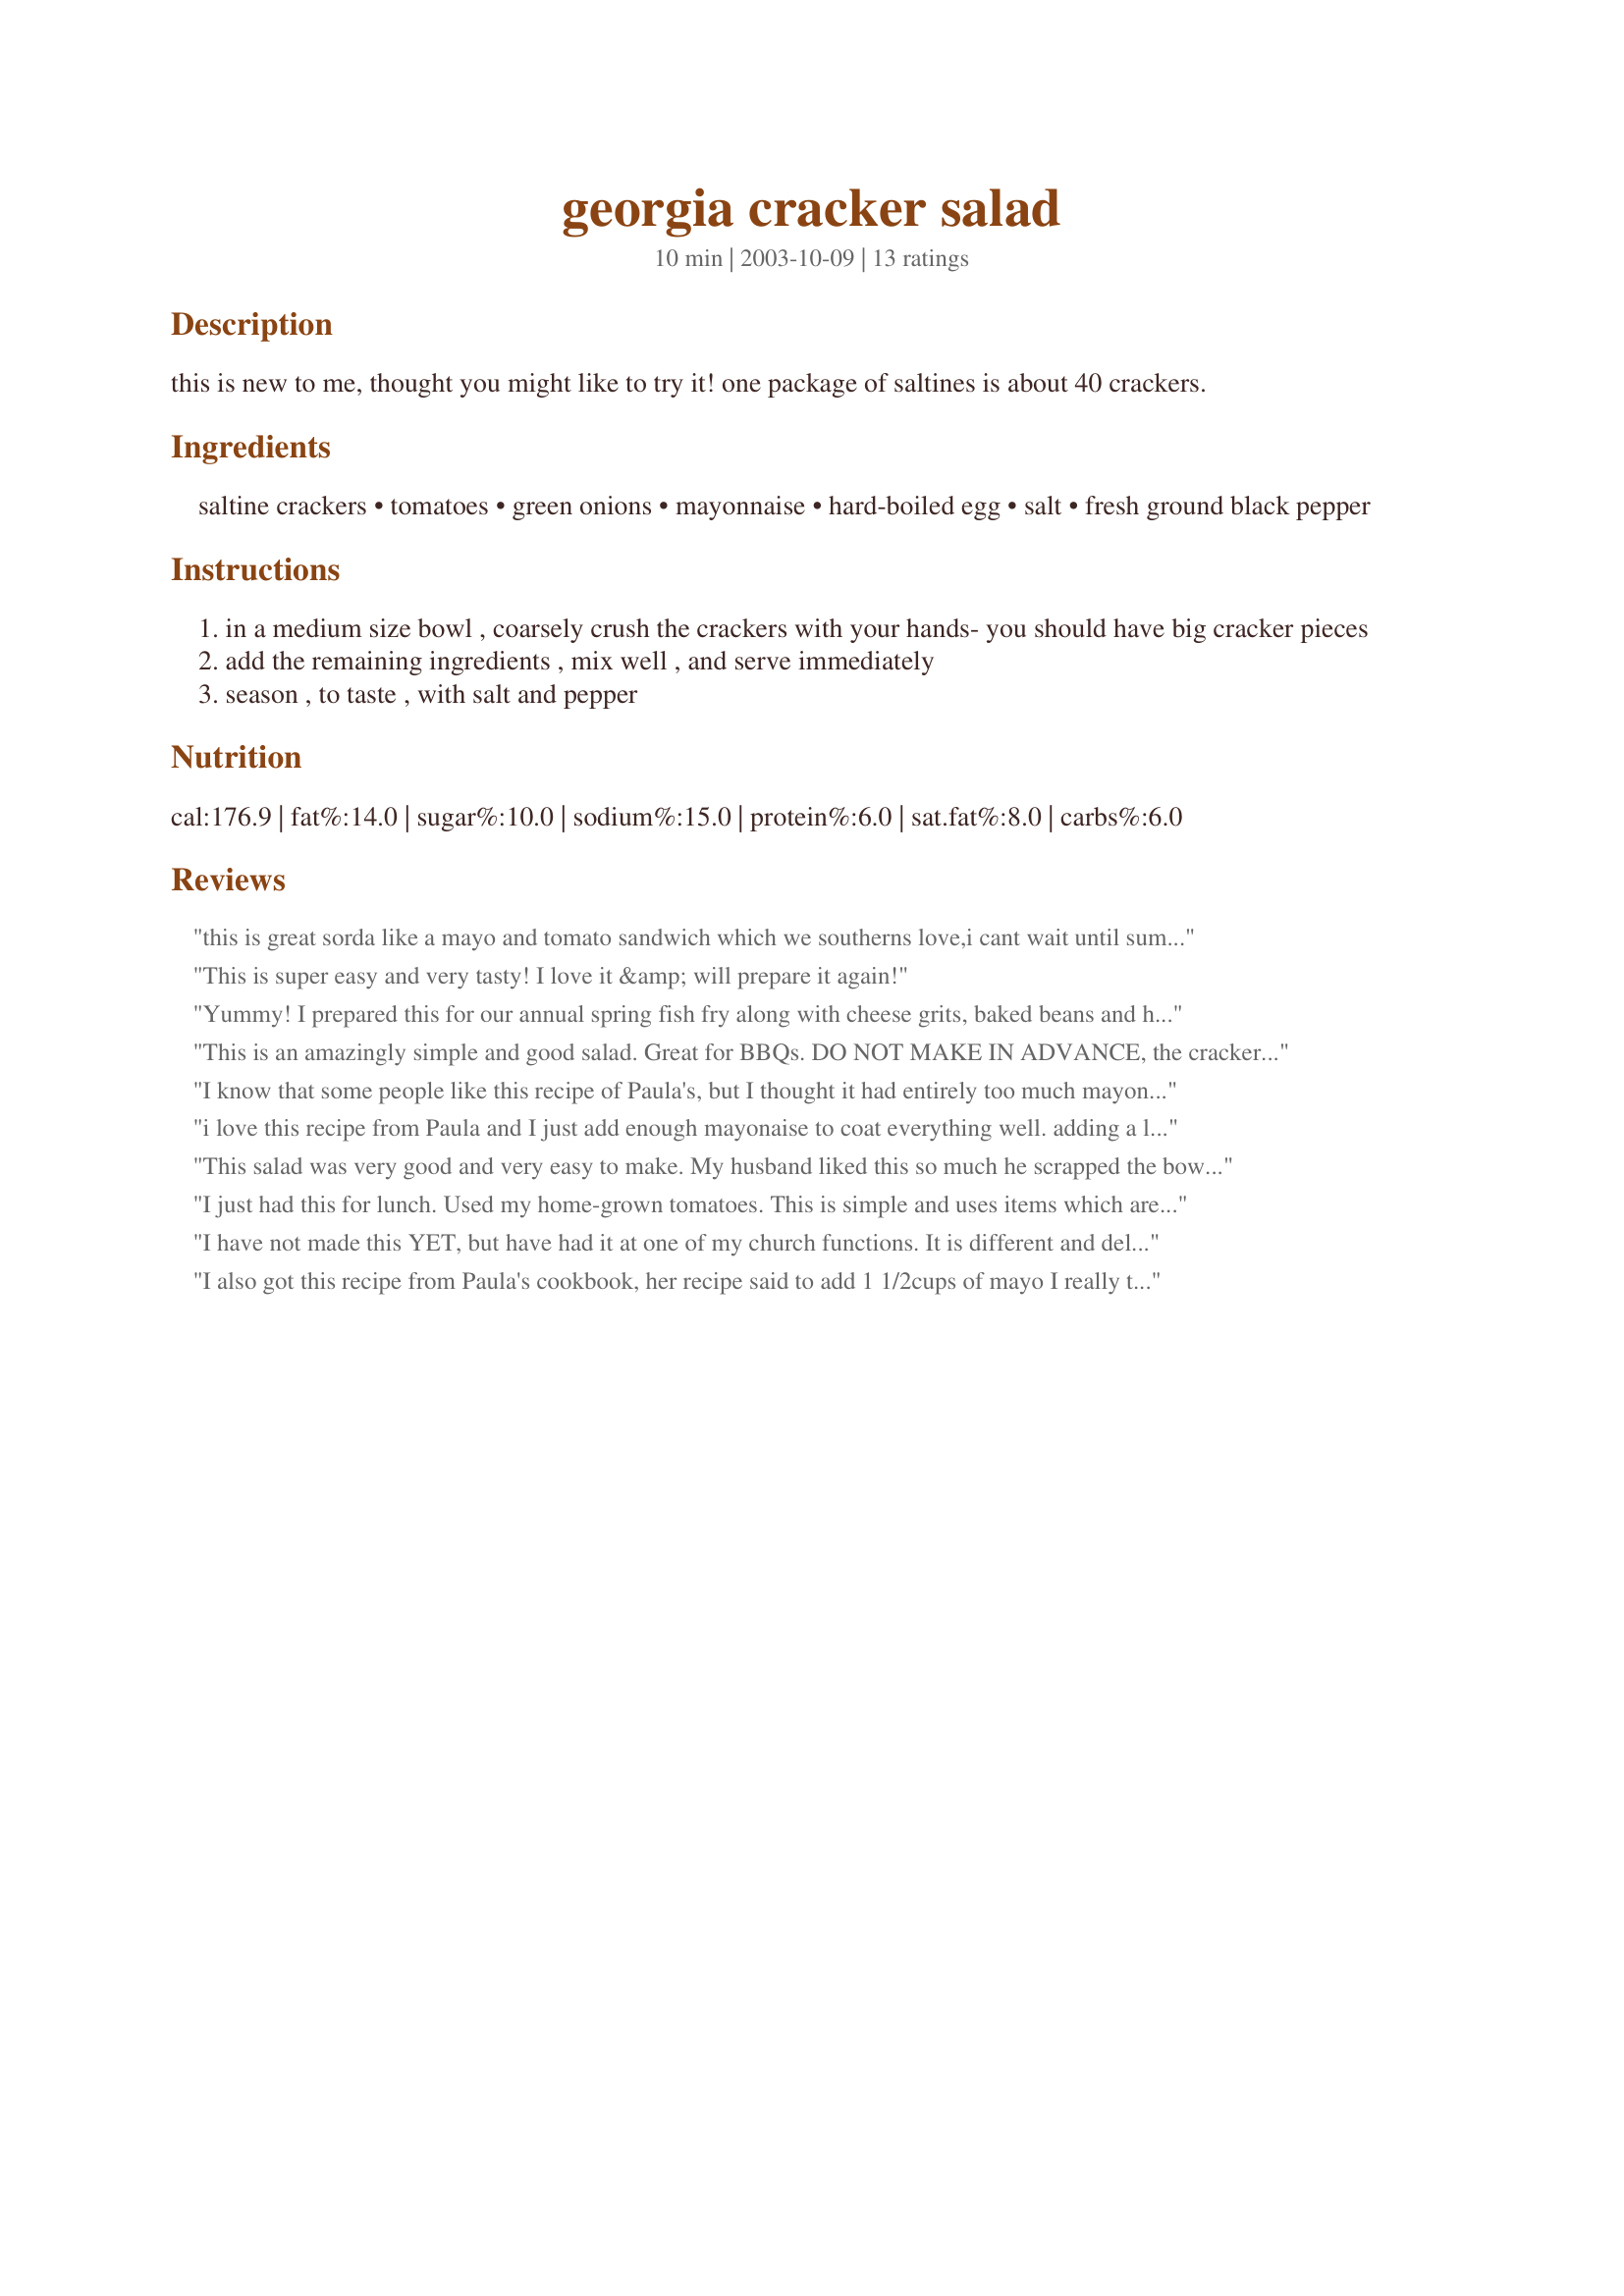
georgia cracker salad
Preparation time: 10 minutes

this is new to me, thought you might like to try it! one package of saltines is about 40 crackers.

Ingredients:
saltine crackers, tomatoes, green onions, mayonnaise, hard-boiled egg, salt, fresh ground black pepper

Steps:
in a medium size bowl , coarsely crush the crackers with your hands- you should have big cracker pieces
add the remaining ingredients , mix well , and serve immediately
season , to taste , with salt and pepper

Reviews:
this is great sorda like a mayo and tomato sandwich which we southerns love,i cant wait until summer so i can make it with vine ripe tomatoes
This is super easy and very tasty! I love it &amp; will prepare it again!
Yummy! I prepared this for our annual spring fish fry along with cheese grits, baked beans and hushpuppies. Everyone agreed that it was a nice addition to the menu. Thanks Sharon123.
This is an amazingly simple and good salad. Great for BBQs. DO NOT MAKE IN ADVANCE, the crackers will get soggy. If you want to take it to a pot luck, mix the veggies and mayo together in the bowl and carry your croakers separately. Then you can add them in just when it is ready to be served.
I know that some people like this recipe of Paula's, but I thought it had entirely too much mayonnaise in it. Perhaps 1/2 cup of mayonnaise would make it better???
i love this recipe from Paula and I just add enough mayonaise to coat everything well. adding a little at a time. The only problem I have with it is it makes a good bit and isn't good for leftovers!:-)
This salad was very good and very easy to make. My husband liked this so much he scrapped the bowl clean. 

Thanks Sharon123
I just had this for lunch. Used my home-grown tomatoes.

This is simple and uses items which are likely to be already on hand.

This made a nice, light lunch for a summer afternoon. Quite tasty, too.

I'll make it again.
I have not made this YET, but have had it at one of my church functions. It is different and delicious!!!!

Update: 6/12/07 - I have finally prepared this for myself. Easy and delicious. I prepared exactly as directed, using as small amount of mayo as I could get by with to hold the mixture together. I absolutely love this stuff LOL! Personally, I don't mind if the crackers get soggy (ie, leftovers, if there are any), the flavor is still there. I am one of those who like soggy cereal too, so it is a personal thing. I will repeat this often. Thanks Sharon123!
I also got this recipe from Paula's cookbook, her recipe said to add 1 1/2cups of mayo I really think 1 cup is good enough. This recipe is so simple,I made this for my mother in-law and grandmother they loved it! They suggested to add diced ham or some type of meat to make more hearty.
This is quite good. I served it as an entree salad, on a bed of lettuce, with crumbled veggie bacon on top. I only used 1/2 cup of mayo, which was perfect..
I&#039;m so sorry that I&#039;m reviewing without trying first, but this looks so amazing, and I wanted to comment with an idea. Several people have said that it doesn&#039;t &quot;keep&quot; well, becoming soggy. I was wondering....if we use less than the maximum am&#039;t of mayo so that it&#039;s sort of firm.....could we make patties from it, with a light coating of MORE crackers, or breadcrumbs, or Panko, and give it a quick fry in a skillet? Sounds good to ME! Jill
A wondeful and delicious recipe. The first couple of times I used it I didn't tell anyone what the main ingredient was--when they learned, they were amazed that I had started with saltines. This is very good with fried fish as a substitute for coleslaw. I first saw this recipe in Paula's cookbook. Very easy to fix.
